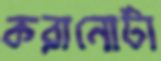
করানোটা